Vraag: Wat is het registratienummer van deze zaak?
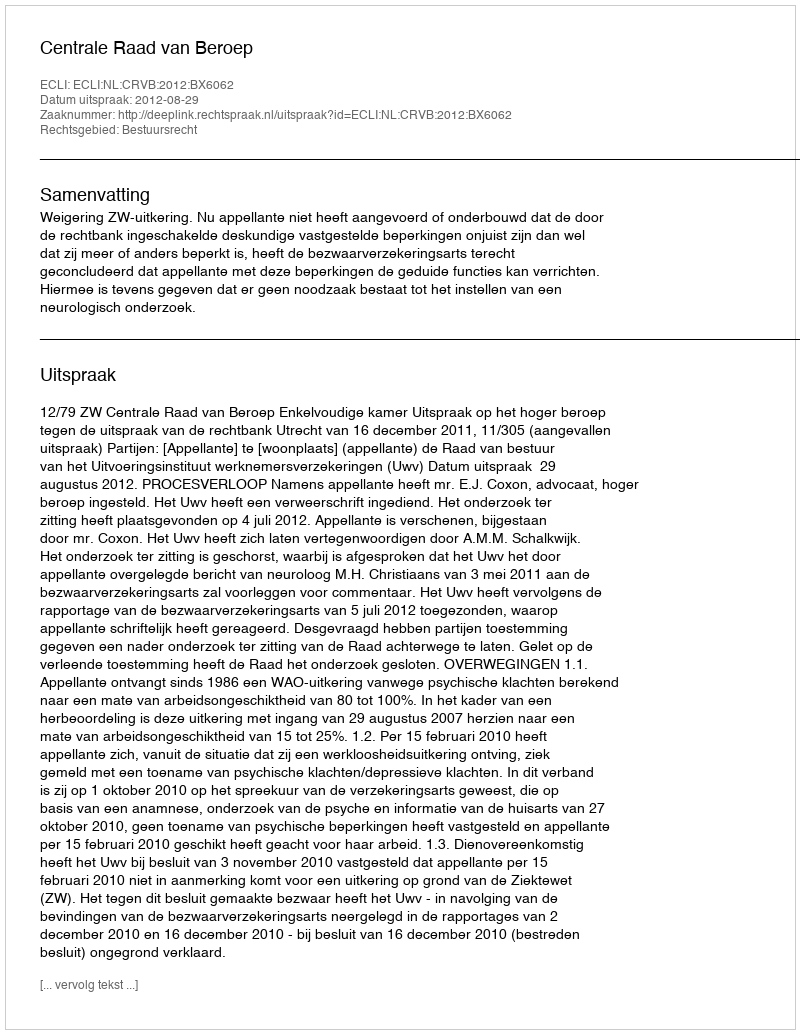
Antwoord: http://deeplink.rechtspraak.nl/uitspraak?id=ECLI:NL:CRVB:2012:BX6062